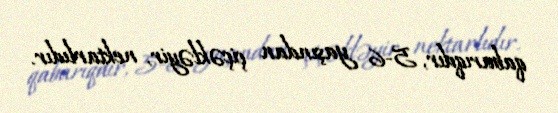
qabarıqdır, 5-6 yaşından çiçəkləyir, nektarlıdır.